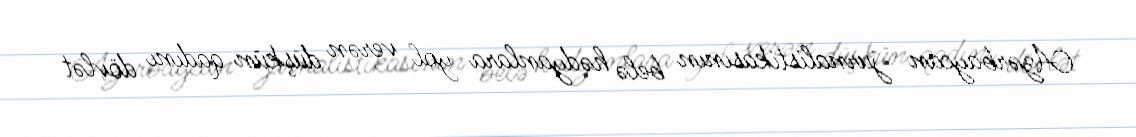
Azərbaycan jurnalistikasının belə hədyanlara yol verən düşkün qadını dövlət